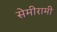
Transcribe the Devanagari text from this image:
सेमीरामी